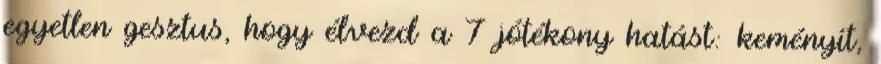
egyetlen gesztus, hogy élvezd a 7 jótékony hatást: keményít,